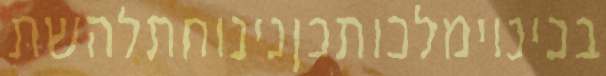
בכינוימלכותכןנינוחתלהשת